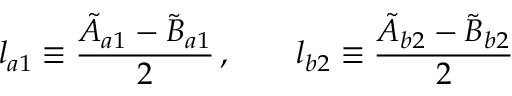
l _ { a 1 } \equiv \frac { \tilde { A } _ { a 1 } - \tilde { B } _ { a 1 } } { 2 } \, , \qquad l _ { b 2 } \equiv \frac { \tilde { A } _ { b 2 } - \tilde { B } _ { b 2 } } { 2 }